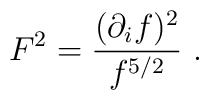
F^2 = {(\partial_i f)^2 \over f^{5/2}} \ .